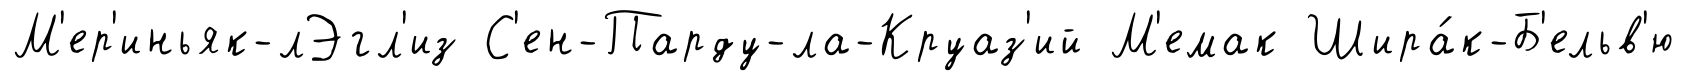
М'ер'иньяк-лЭгл'из С'ен-Парду-ла-Круаз'ий М'емак Шира́к-Б'ельв'ю